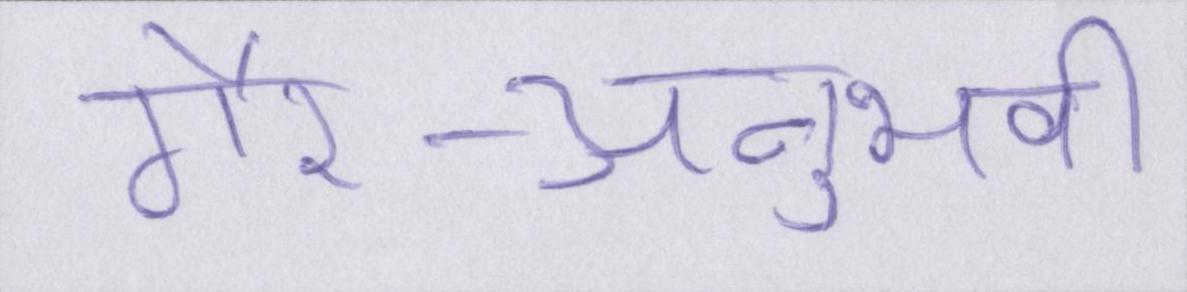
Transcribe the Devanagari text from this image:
गैर-अनुभवी